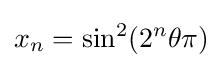
x_{n}=\sin ^{2}(2^{n}\theta \pi )